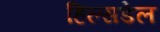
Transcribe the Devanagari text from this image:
हिल्सडेल